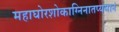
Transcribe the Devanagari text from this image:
महाघोरशोकाग्निनातप्यमानं